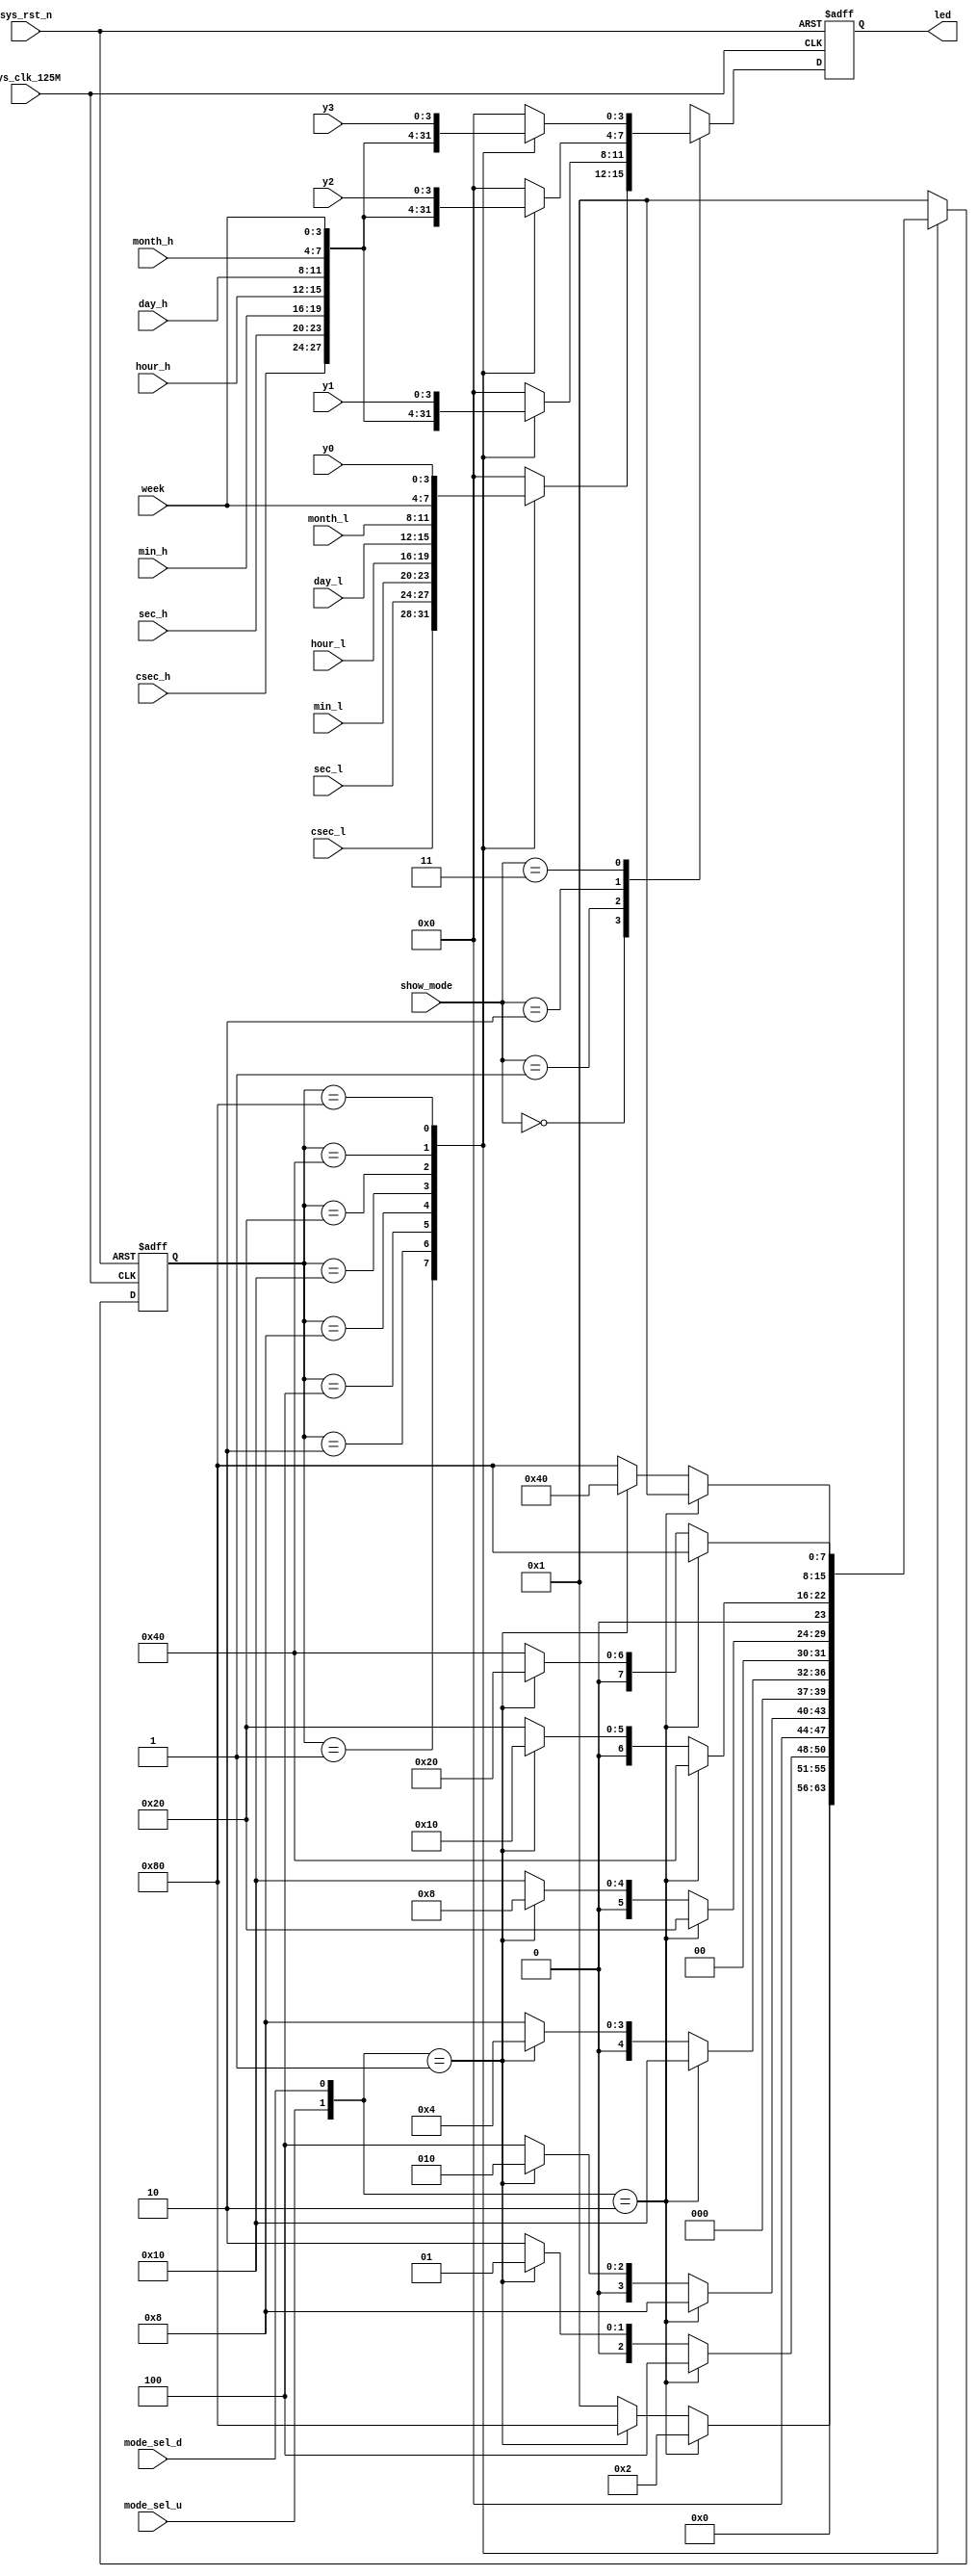
`timescale 1ns / 1ps

module display(
           input wire sys_clk_125M,
           input wire sys_rst_n,

           input wire mode_sel_u,
           input wire mode_sel_d,
           input wire [1: 0] show_mode,

           input wire [3: 0] csec_h,
           input wire [3: 0] csec_l,
           input wire [3: 0] sec_h,
           input wire [3: 0] sec_l,
           input wire [3: 0] min_h,
           input wire [3: 0] min_l,
           input wire [3: 0] hour_h,
           input wire [3: 0] hour_l,
           input wire [3: 0] day_h,
           input wire [3: 0] day_l,
           input wire [3: 0] month_h,
           input wire [3: 0] month_l,
           input wire [3: 0] week,
           input wire [3: 0] y3,
           input wire [3: 0] y2,
           input wire [3: 0] y1,
           input wire [3: 0] y0,

           output reg [3: 0] led
       );
localparam SHOW_LOW_Y0 = 2'b00;
localparam SHOW_HIGH_Y1 = 2'b01;
localparam SHOW_Y2 = 2'b10;
localparam SHOW_Y3 = 2'b11;

localparam MODE_CSEC = 8'b0000_0001;
localparam MODE_SEC = 8'b0000_0010;
localparam MODE_MIN = 8'b0000_0100;
localparam MODE_HOUR = 8'b0000_1000;
localparam MODE_DAY = 8'b0001_0000;
localparam MODE_MONTH = 8'b0010_0000;
localparam MODE_WEEK = 8'b0100_0000;
localparam MODE_YEAR = 8'b1000_0000;

//MODE FSM
reg [7: 0] mode_current_state;
reg [7: 0] mode_next_state;

//state roll
always @(posedge sys_clk_125M or negedge sys_rst_n) begin
    if (!sys_rst_n) begin
        mode_current_state <= MODE_CSEC; //default: show csec
    end
    else begin
        mode_current_state <= mode_next_state;
    end
end

//condition change
always @( * ) begin
    case (mode_current_state)
        MODE_CSEC: begin
            if ({mode_sel_u, mode_sel_d} == 2'b10) begin
                mode_next_state = MODE_SEC;
            end
            else if ({mode_sel_u, mode_sel_d} == 2'b01) begin
                mode_next_state = MODE_YEAR;
            end
            else begin
                mode_next_state = MODE_CSEC;
            end
        end
        MODE_SEC: begin
            if ({mode_sel_u, mode_sel_d} == 2'b10) begin
                mode_next_state = MODE_MIN;
            end
            else if ({mode_sel_u, mode_sel_d} == 2'b01) begin
                mode_next_state = MODE_CSEC;
            end
            else begin
                mode_next_state = MODE_SEC;
            end
        end
        MODE_MIN: begin
            if ({mode_sel_u, mode_sel_d} == 2'b10) begin
                mode_next_state = MODE_HOUR;
            end
            else if ({mode_sel_u, mode_sel_d} == 2'b01) begin
                mode_next_state = MODE_SEC;
            end
            else begin
                mode_next_state = MODE_MIN;
            end
        end
        MODE_HOUR: begin
            if ({mode_sel_u, mode_sel_d} == 2'b10) begin
                mode_next_state = MODE_DAY;
            end
            else if ({mode_sel_u, mode_sel_d} == 2'b01) begin
                mode_next_state = MODE_MIN;
            end
            else begin
                mode_next_state = MODE_HOUR;
            end
        end
        MODE_DAY: begin
            if ({mode_sel_u, mode_sel_d} == 2'b10) begin
                mode_next_state = MODE_MONTH;
            end
            else if ({mode_sel_u, mode_sel_d} == 2'b01) begin
                mode_next_state = MODE_HOUR;
            end
            else begin
                mode_next_state = MODE_DAY;
            end
        end
        MODE_MONTH: begin
            if ({mode_sel_u, mode_sel_d} == 2'b10) begin
                mode_next_state = MODE_WEEK;
            end
            else if ({mode_sel_u, mode_sel_d} == 2'b01) begin
                mode_next_state = MODE_DAY;
            end
            else begin
                mode_next_state = MODE_MONTH;
            end
        end
        MODE_WEEK: begin
            if ({mode_sel_u, mode_sel_d} == 2'b10) begin
                mode_next_state = MODE_YEAR;
            end
            else if ({mode_sel_u, mode_sel_d} == 2'b01) begin
                mode_next_state = MODE_MONTH;
            end
            else begin
                mode_next_state = MODE_WEEK;
            end
        end
        MODE_YEAR: begin
            if ({mode_sel_u, mode_sel_d} == 2'b10) begin
                mode_next_state = MODE_CSEC;
            end
            else if ({mode_sel_u, mode_sel_d} == 2'b01) begin
                mode_next_state = MODE_WEEK;
            end
            else begin
                mode_next_state = MODE_YEAR;
            end
        end
        default: begin
            mode_next_state = MODE_CSEC;
        end
    endcase
end

always @(posedge sys_clk_125M or negedge sys_rst_n) begin
    if (!sys_rst_n) begin
        led <= 4'b0;
    end
    else begin
        case (show_mode)
            SHOW_LOW_Y0: begin
                case (mode_current_state)
                    MODE_CSEC: begin
                        led <= csec_l;
                    end
                    MODE_SEC: begin
                        led <= sec_l;
                    end
                    MODE_MIN: begin
                        led <= min_l;
                    end
                    MODE_HOUR: begin
                        led <= hour_l;
                    end
                    MODE_DAY: begin
                        led <= day_l;
                    end
                    MODE_MONTH: begin
                        led <= month_l;
                    end
                    MODE_WEEK: begin
                        led <= week;
                    end
                    MODE_YEAR: begin
                        led <= y0;
                    end
                    default: begin
                        led <= 4'b0;
                    end
                endcase
            end
            SHOW_HIGH_Y1: begin
                case (mode_current_state)
                    MODE_CSEC: begin
                        led <= csec_h;
                    end
                    MODE_SEC: begin
                        led <= sec_h;
                    end
                    MODE_MIN: begin
                        led <= min_h;
                    end
                    MODE_HOUR: begin
                        led <= hour_h;
                    end
                    MODE_DAY: begin
                        led <= day_h;
                    end
                    MODE_MONTH: begin
                        led <= month_h;
                    end
                    MODE_WEEK: begin
                        led <= week;
                    end
                    MODE_YEAR: begin
                        led <= y1;
                    end
                    default: begin
                        led <= 4'b0;
                    end
                endcase
            end
            SHOW_Y2: begin
                case (mode_current_state)
                    MODE_CSEC: begin
                        led <= csec_h;
                    end
                    MODE_SEC: begin
                        led <= sec_h;
                    end
                    MODE_MIN: begin
                        led <= min_h;
                    end
                    MODE_HOUR: begin
                        led <= hour_h;
                    end
                    MODE_DAY: begin
                        led <= day_h;
                    end
                    MODE_MONTH: begin
                        led <= month_h;
                    end
                    MODE_WEEK: begin
                        led <= week;
                    end
                    MODE_YEAR: begin
                        led <= y2;
                    end
                    default: begin
                        led <= 4'b0;
                    end
                endcase
            end
            SHOW_Y3: begin
                case (mode_current_state)
                    MODE_CSEC: begin
                        led <= csec_h;
                    end
                    MODE_SEC: begin
                        led <= sec_h;
                    end
                    MODE_MIN: begin
                        led <= min_h;
                    end
                    MODE_HOUR: begin
                        led <= hour_h;
                    end
                    MODE_DAY: begin
                        led <= day_h;
                    end
                    MODE_MONTH: begin
                        led <= month_h;
                    end
                    MODE_WEEK: begin
                        led <= week;
                    end
                    MODE_YEAR: begin
                        led <= y3;
                    end
                    default: begin
                        led <= 4'b0;
                    end
                endcase
            end
            default: begin
                led <= 4'b0;
            end
        endcase
    end
end

endmodule